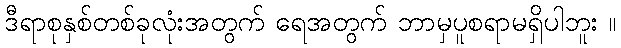
ဒီရာစုနှစ်တစ်ခုလုံးအတွက် ရေအတွက် ဘာမှပူစရာမရှိပါဘူး ။